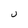
Character: U